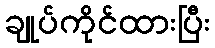
ချုပ်ကိုင်ထားပြီး